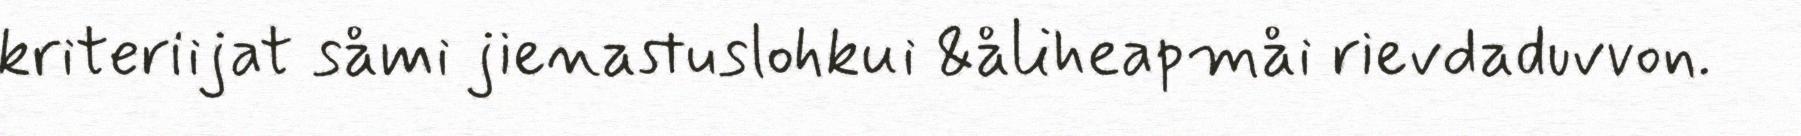
kriteriijat såmi jienastuslohkui &åliheapmåi rievdaduvvon.